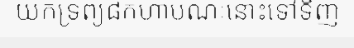
យកទ្រព្យ៨កហាបណៈនោះទៅទិញ